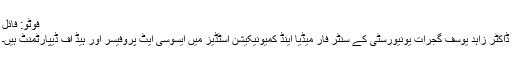
فوٹو: فائل
ڈاکٹر زاہد یوسف گجرات یونیورسٹی کے سنٹر فار میڈیا اینڈ کمیونیکیشن اسٹڈیز میں ایسوسی ایٹ پروفیسر اور ہیڈ آف ڈیپارٹمنٹ ہیں۔